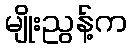
မျိုးညွန့်က